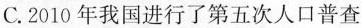
C.2010年我国进行了第五次人口普查